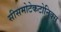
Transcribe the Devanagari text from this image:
सीसमोटेकटोनिक्‍स